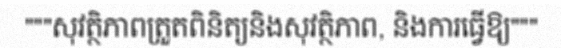
"""សុវត្ថិភាពត្រួតពិនិត្យនិងសុវត្ថិភាព, និងការធ្វើឱ្យ"""